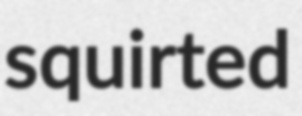
squirted